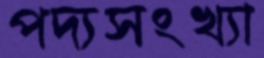
পদ্যসংখ্যা